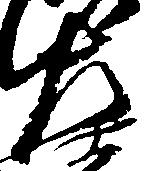
左